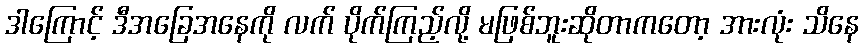
ဒါကြောင့် ဒီအခြေအနေကို လက် ပိုက်ကြည့်လို့ မဖြစ်ဘူးဆိုတာကတော့ အားလုံး သိနေ